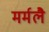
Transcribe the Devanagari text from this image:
मर्मलै